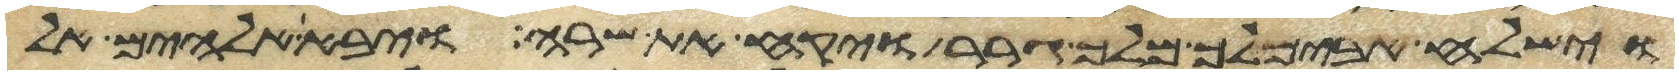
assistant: וישלח אבימלך מלך גרר ויקח את שרה ויבא אלהים אל